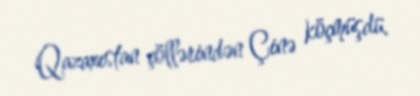
Qazaxıstan çöllərindən Çinə köçmüşdü.